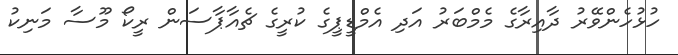
ހުޅުހެންވޭރު ދާއިރާގެ މެމްބަރު އަދި އެމްޑީޕީގެ ކުރީގެ ޗެއާޕާސަން ރީކޯ މޫސާ މަނިކު